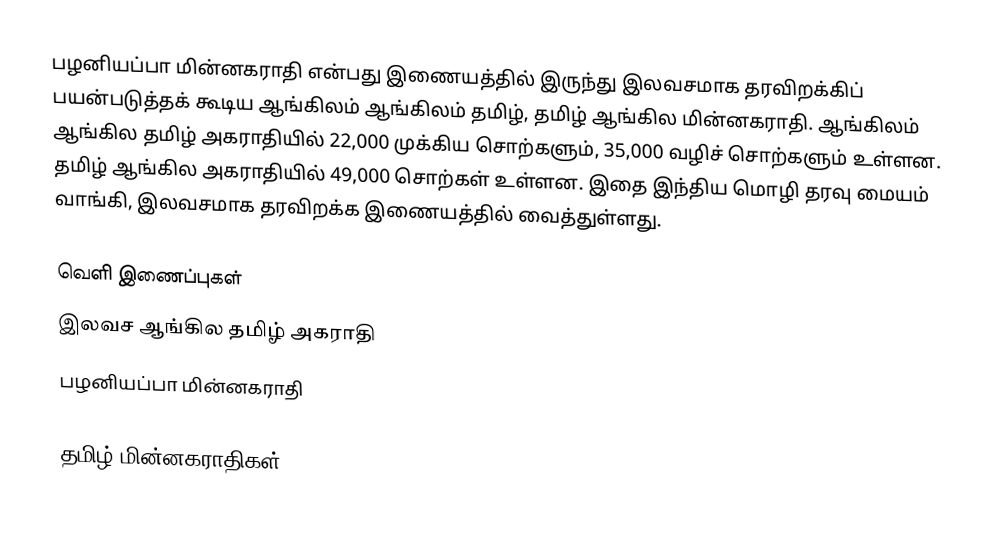
பழனியப்பா மின்னகராதி என்பது இணையத்தில் இருந்து இலவசமாக தரவிறக்கிப் பயன்படுத்தக் கூடிய ஆங்கிலம் ஆங்கிலம் தமிழ், தமிழ் ஆங்கில மின்னகராதி. ஆங்கிலம் ஆங்கில தமிழ் அகராதியில் 22,000 முக்கிய சொற்களும், 35,000 வழிச் சொற்களும் உள்ளன.  தமிழ் ஆங்கில அகராதியில் 49,000 சொற்கள் உள்ளன.  இதை இந்திய மொழி தரவு மையம் வாங்கி, இலவசமாக தரவிறக்க இணையத்தில் வைத்துள்ளது.

வெளி இணைப்புகள்
 இலவச ஆங்கில தமிழ் அகராதி
 பழனியப்பா மின்னகராதி

தமிழ் மின்னகராதிகள்